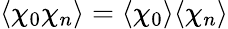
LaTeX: \langle\chi_{0}\chi_{n}\rangle=\langle\chi_{0}\rangle\langle\chi_{n}\rangle